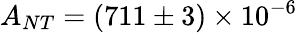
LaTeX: A_{NT}=(711\pm 3)\times 10^{-6}